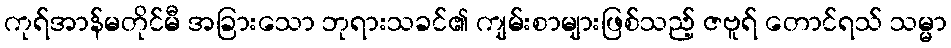
ကုရ်အာန်မတိုင်မီ အခြားသော ဘုရားသခင်၏ ကျမ်းစာများဖြစ်သည့် ဇဗူရ် တောင်ရသ် သမ္မာ